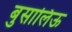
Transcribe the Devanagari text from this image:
बुसालिऊ